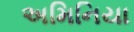
અમિનિયા